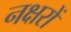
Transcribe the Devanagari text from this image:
नक्षरों